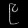
Digit: ၉